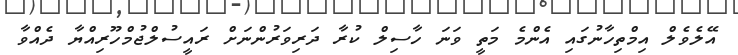
އޭލެވެލް އިމްތިހާނުގައި އެންމެ މަތީ ވަނަ ހާސިލް ކުރާ ދަރިވަރުންނަށް ރައީސުލްޖުމްހޫރިއްޔާ ދެއްވާ